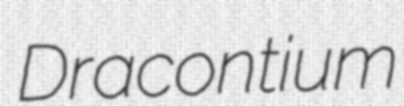
Dracontium